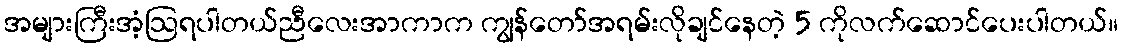
အများကြီးအံ့ဩရပါတယ်ညီလေးအာကာက ကျွန်တော်အရမ်းလိုချင်နေတဲ့ 5 ကိုလက်ဆောင်ပေးပါတယ်။